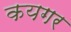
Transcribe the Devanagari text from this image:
कयगर